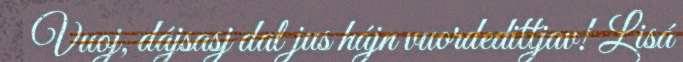
Vuoj, dájsasj dal jus hájn vuordedittjav! Lisá